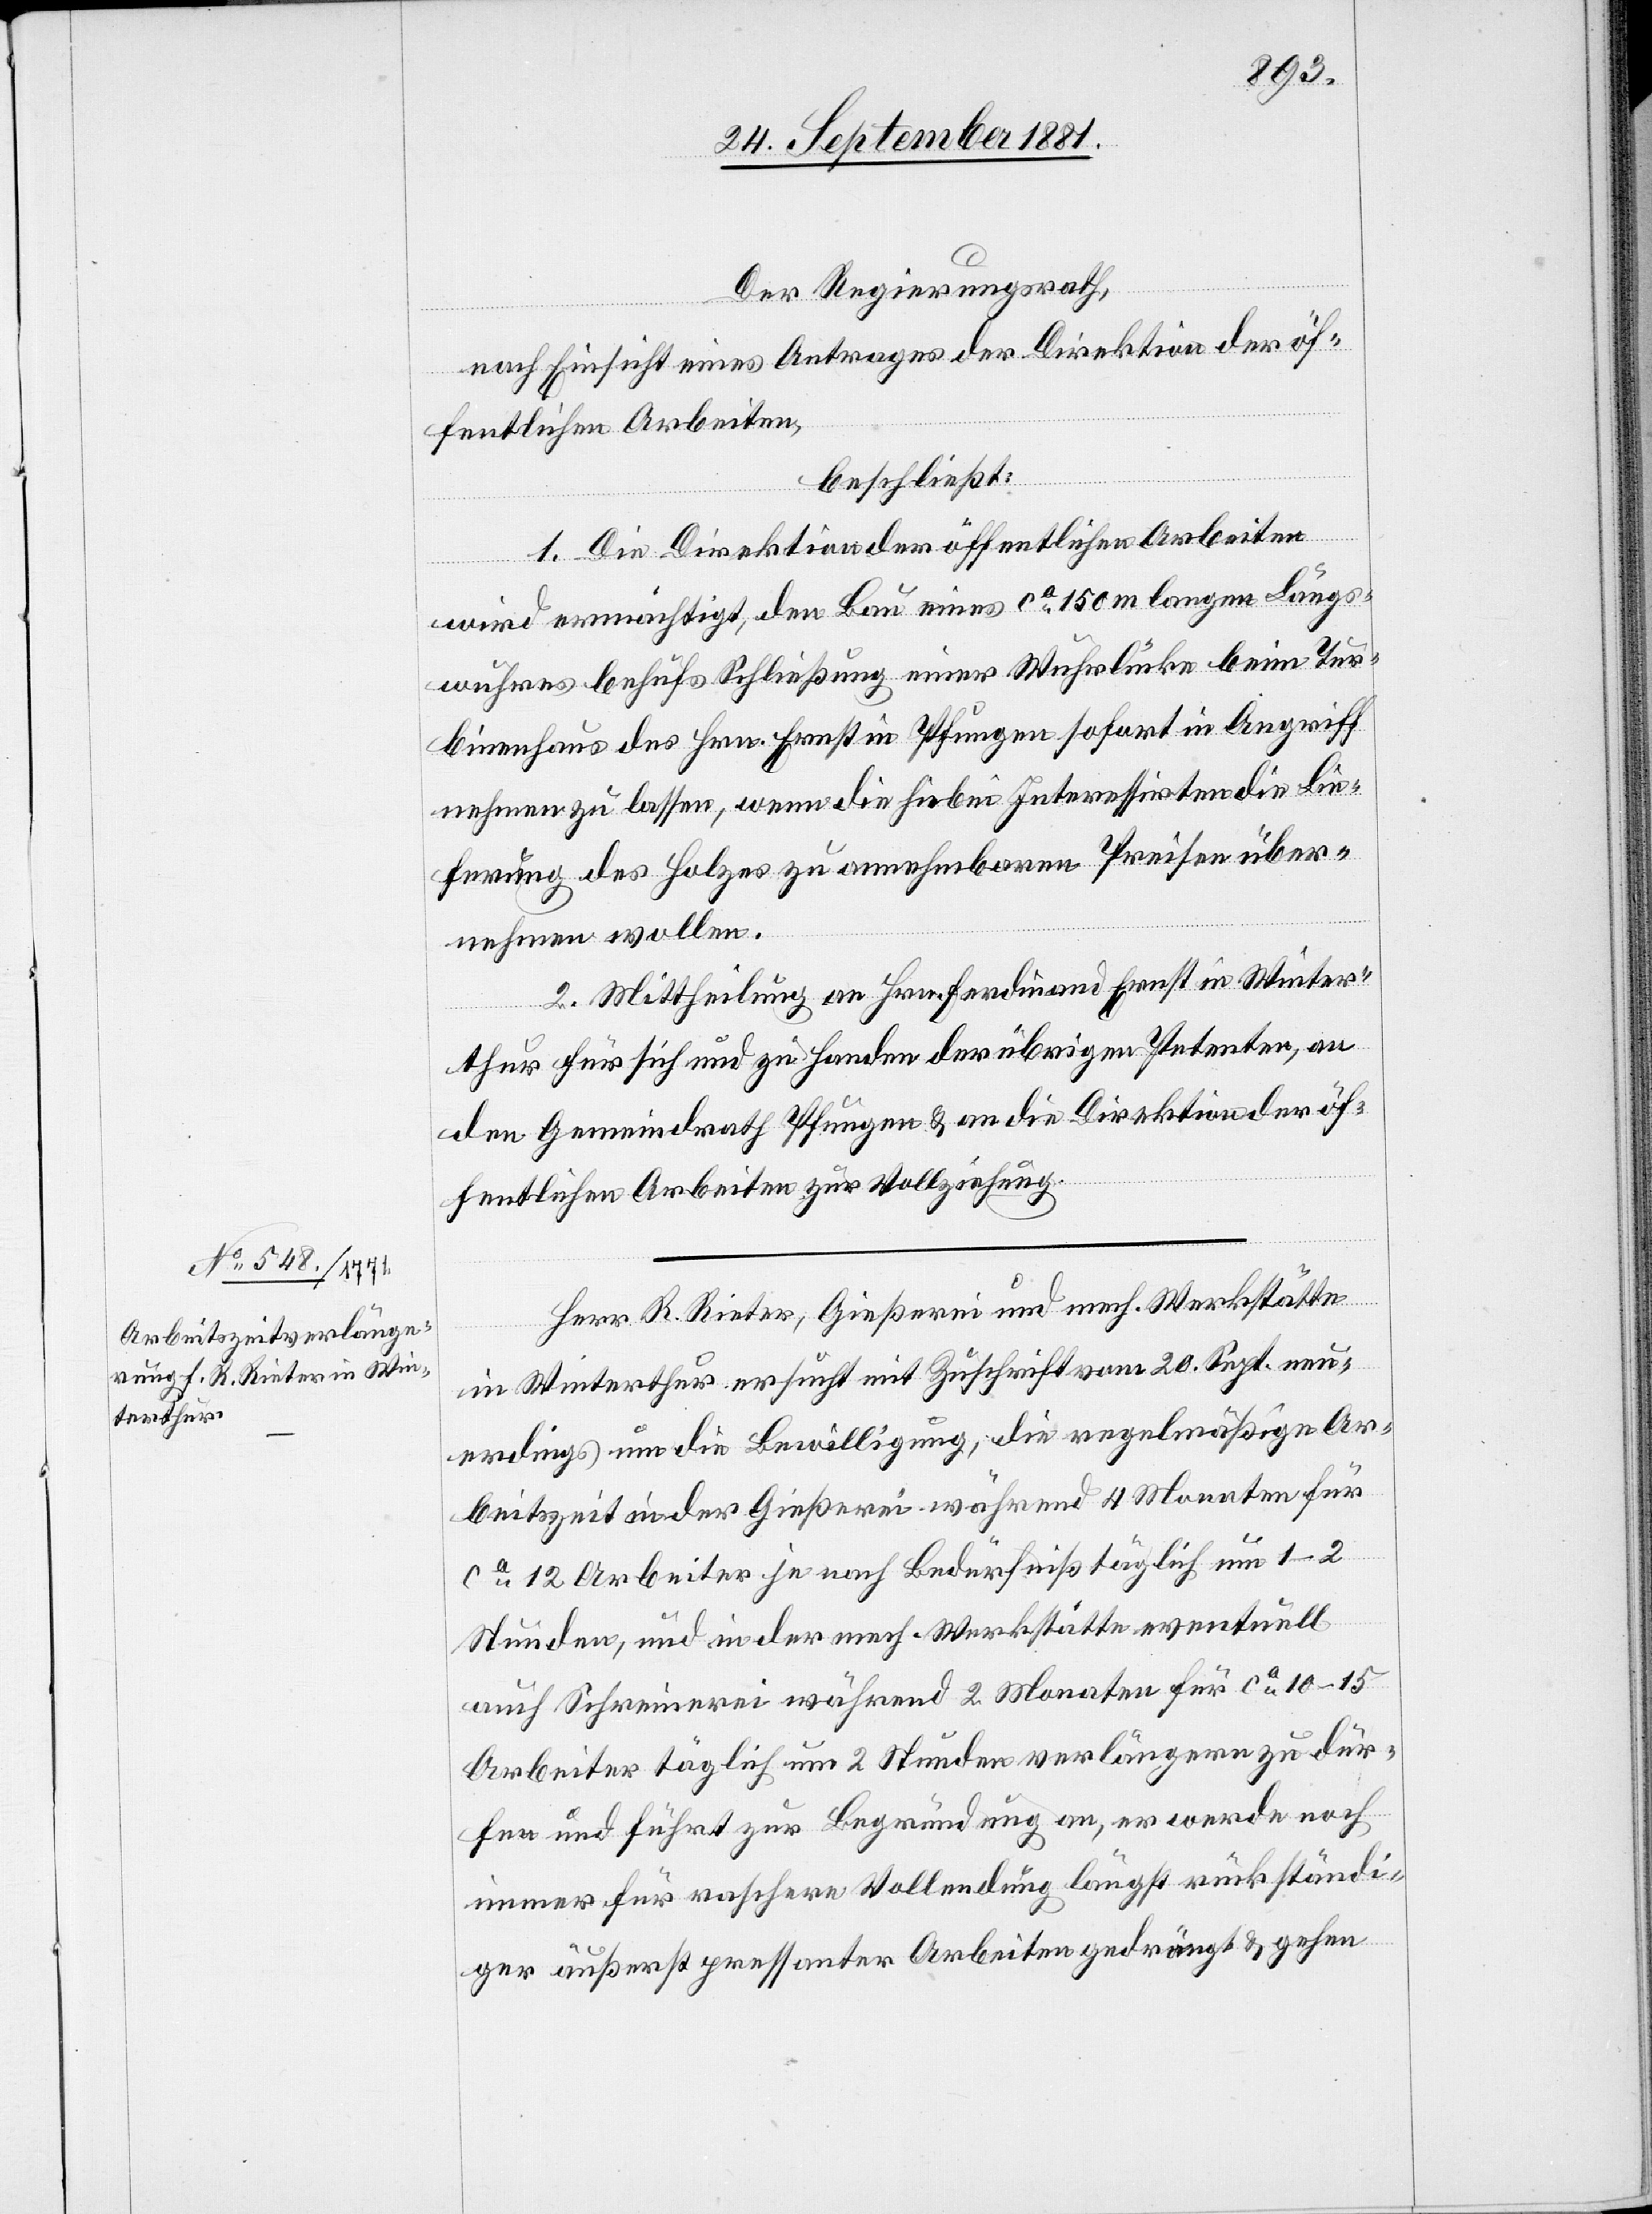
27. September
Der Regierungsrath,
nach Einsicht eines Antrages der Direktion der öf¬
fentlichen Arbeiten,
beschließt:
1. Die Direktion der öffentlichen Arbeiten
wird ermächtigt, den Bau eines ca 150 m langen Längs¬
wuhres behufs Schließung einer Wuhrlücke beim Tur¬
binenhaus des Hrn. Ernst in Pfungen sofort in Angriff
nehmen zu lassen, wenn die hiebei Interessirten die Lie¬
ferung des Holzes zu annehmbaren Preisen über¬
nehmen wollen.
2. Mittheilung an Hrn. Ferdinand Ernst in Winter¬
thur für sich und zu Handen der übrigen Petenten, an
den Gemeindrath Pfungen & an die Direktion der öf¬
fentlichen Arbeiten zur Vollziehung.
Herr R. Rieter, Gießerei und mech. Werkstätte
in Winterthur ersucht mit Zuschrift vom 20. Sept, neu¬
erdings um die Bewilligung, die regelmäßige Ar¬
beitszeit in der Gießerei während 4 Monaten für
ca 12 Arbeiter je nach Bedürfniß täglich um 1–2
Stunden, und in der mech. Werkstätte eventuell
auch Schreiberei während 2 Monaten für ca 10–15
Arbeiter täglich um 2 Stunden verlängern zu dür¬
fen und führt zur Begründung an, er werde noch
immer für raschere Vollendung längst rückständi¬
ger äußerst pressanter Arbeiten gedrängt & gehen